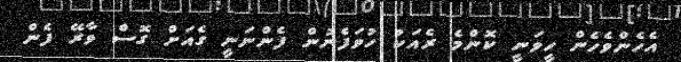
އެހެންވެހެން ހީވަނީ ކޮންމެ ރެއަކު ހުވަފެނުން ފެންނަނީ ގެއަށް ގޮސް ވާރޭ ފެން